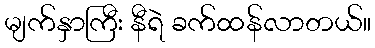
မျက်နှာကြီး နီရဲ ခက်ထန်လာတယ်။